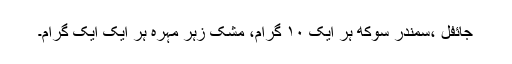
جائفل ،سمندر سوکھ ہر ایک ۱۰ گرام، مشک زہر مہرہ ہر ایک ایک گرام۔